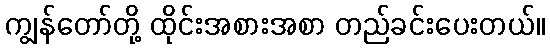
ကျွန်တော်တို့ ထိုင်းအစားအစာ တည်ခင်းပေးတယ်။